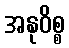
အနုဝိစ္စ